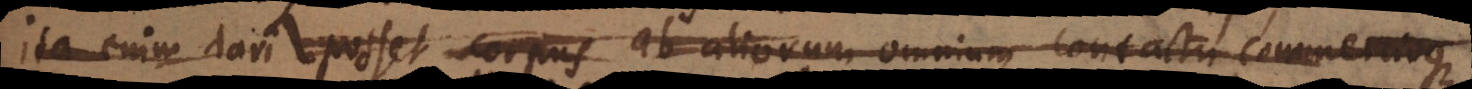
ita enim dari posset corpus ab aliorum omnium contactu commercioque